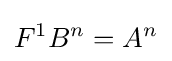
F^{1}B^{n}=A^{n}